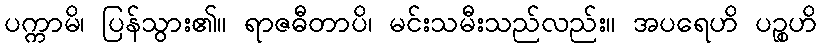
ပက္ကာမိ၊ ပြန်သွား၏။ ရာဇဓီတာပိ၊ မင်းသမီးသည်လည်း။ အပရေဟိ ပဉ္စဟိ